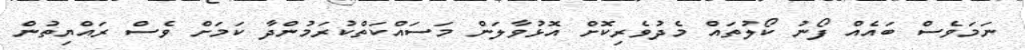
ނަމަވެސް ބައެއް ފޯނު ކޯލުތައް މެދުވެރިކޮށް އޮޅުވާލަން މަސައްކަތްކުރަމުންދާ ކަމަށް ވެސް ރައްޔިތުން